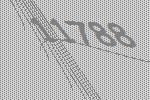
11788